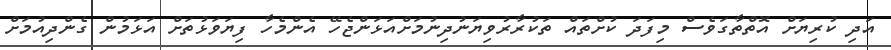
އަދި ކުރިޔަށް އޮތްތާގަވެސް މިފަދަ ކުށްތައް ތަކުރާރުވިޔަނުދިނުމަށްއަޅަންޖެހޭ އެންމެހާ ފިޔަވަޅުތަށް އަޅަމުން ގެންދިއުމަށް